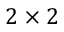
2 \times 2